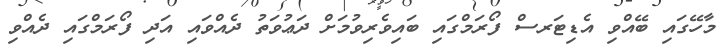
މާހޭގައި ބޭއްވި އެޑިޓަރސް ފޯރަމްގައި ބައިވެރިވުމަށް ދަޢުވަތު ދެއްވައި އަދި ފޯރަމްގައި ދެއްވި